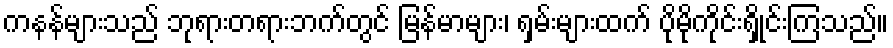
ကနန်များသည် ဘုရားတရားဘက်တွင် မြန်မာများ၊ ရှမ်းများထက် ပိုမိုကိုင်းရှိုင်းကြသည်။